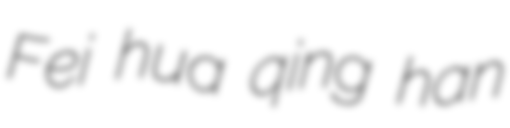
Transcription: Fei hua qing han